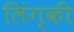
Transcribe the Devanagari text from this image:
लिंग्‍की